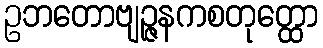
ဥဘတောဗျဉ္ဇနကစတုတ္ထော